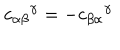
LaTeX: { c _ { \alpha \beta } } ^ { \gamma } = - { c _ { \beta \alpha } } ^ { \gamma }